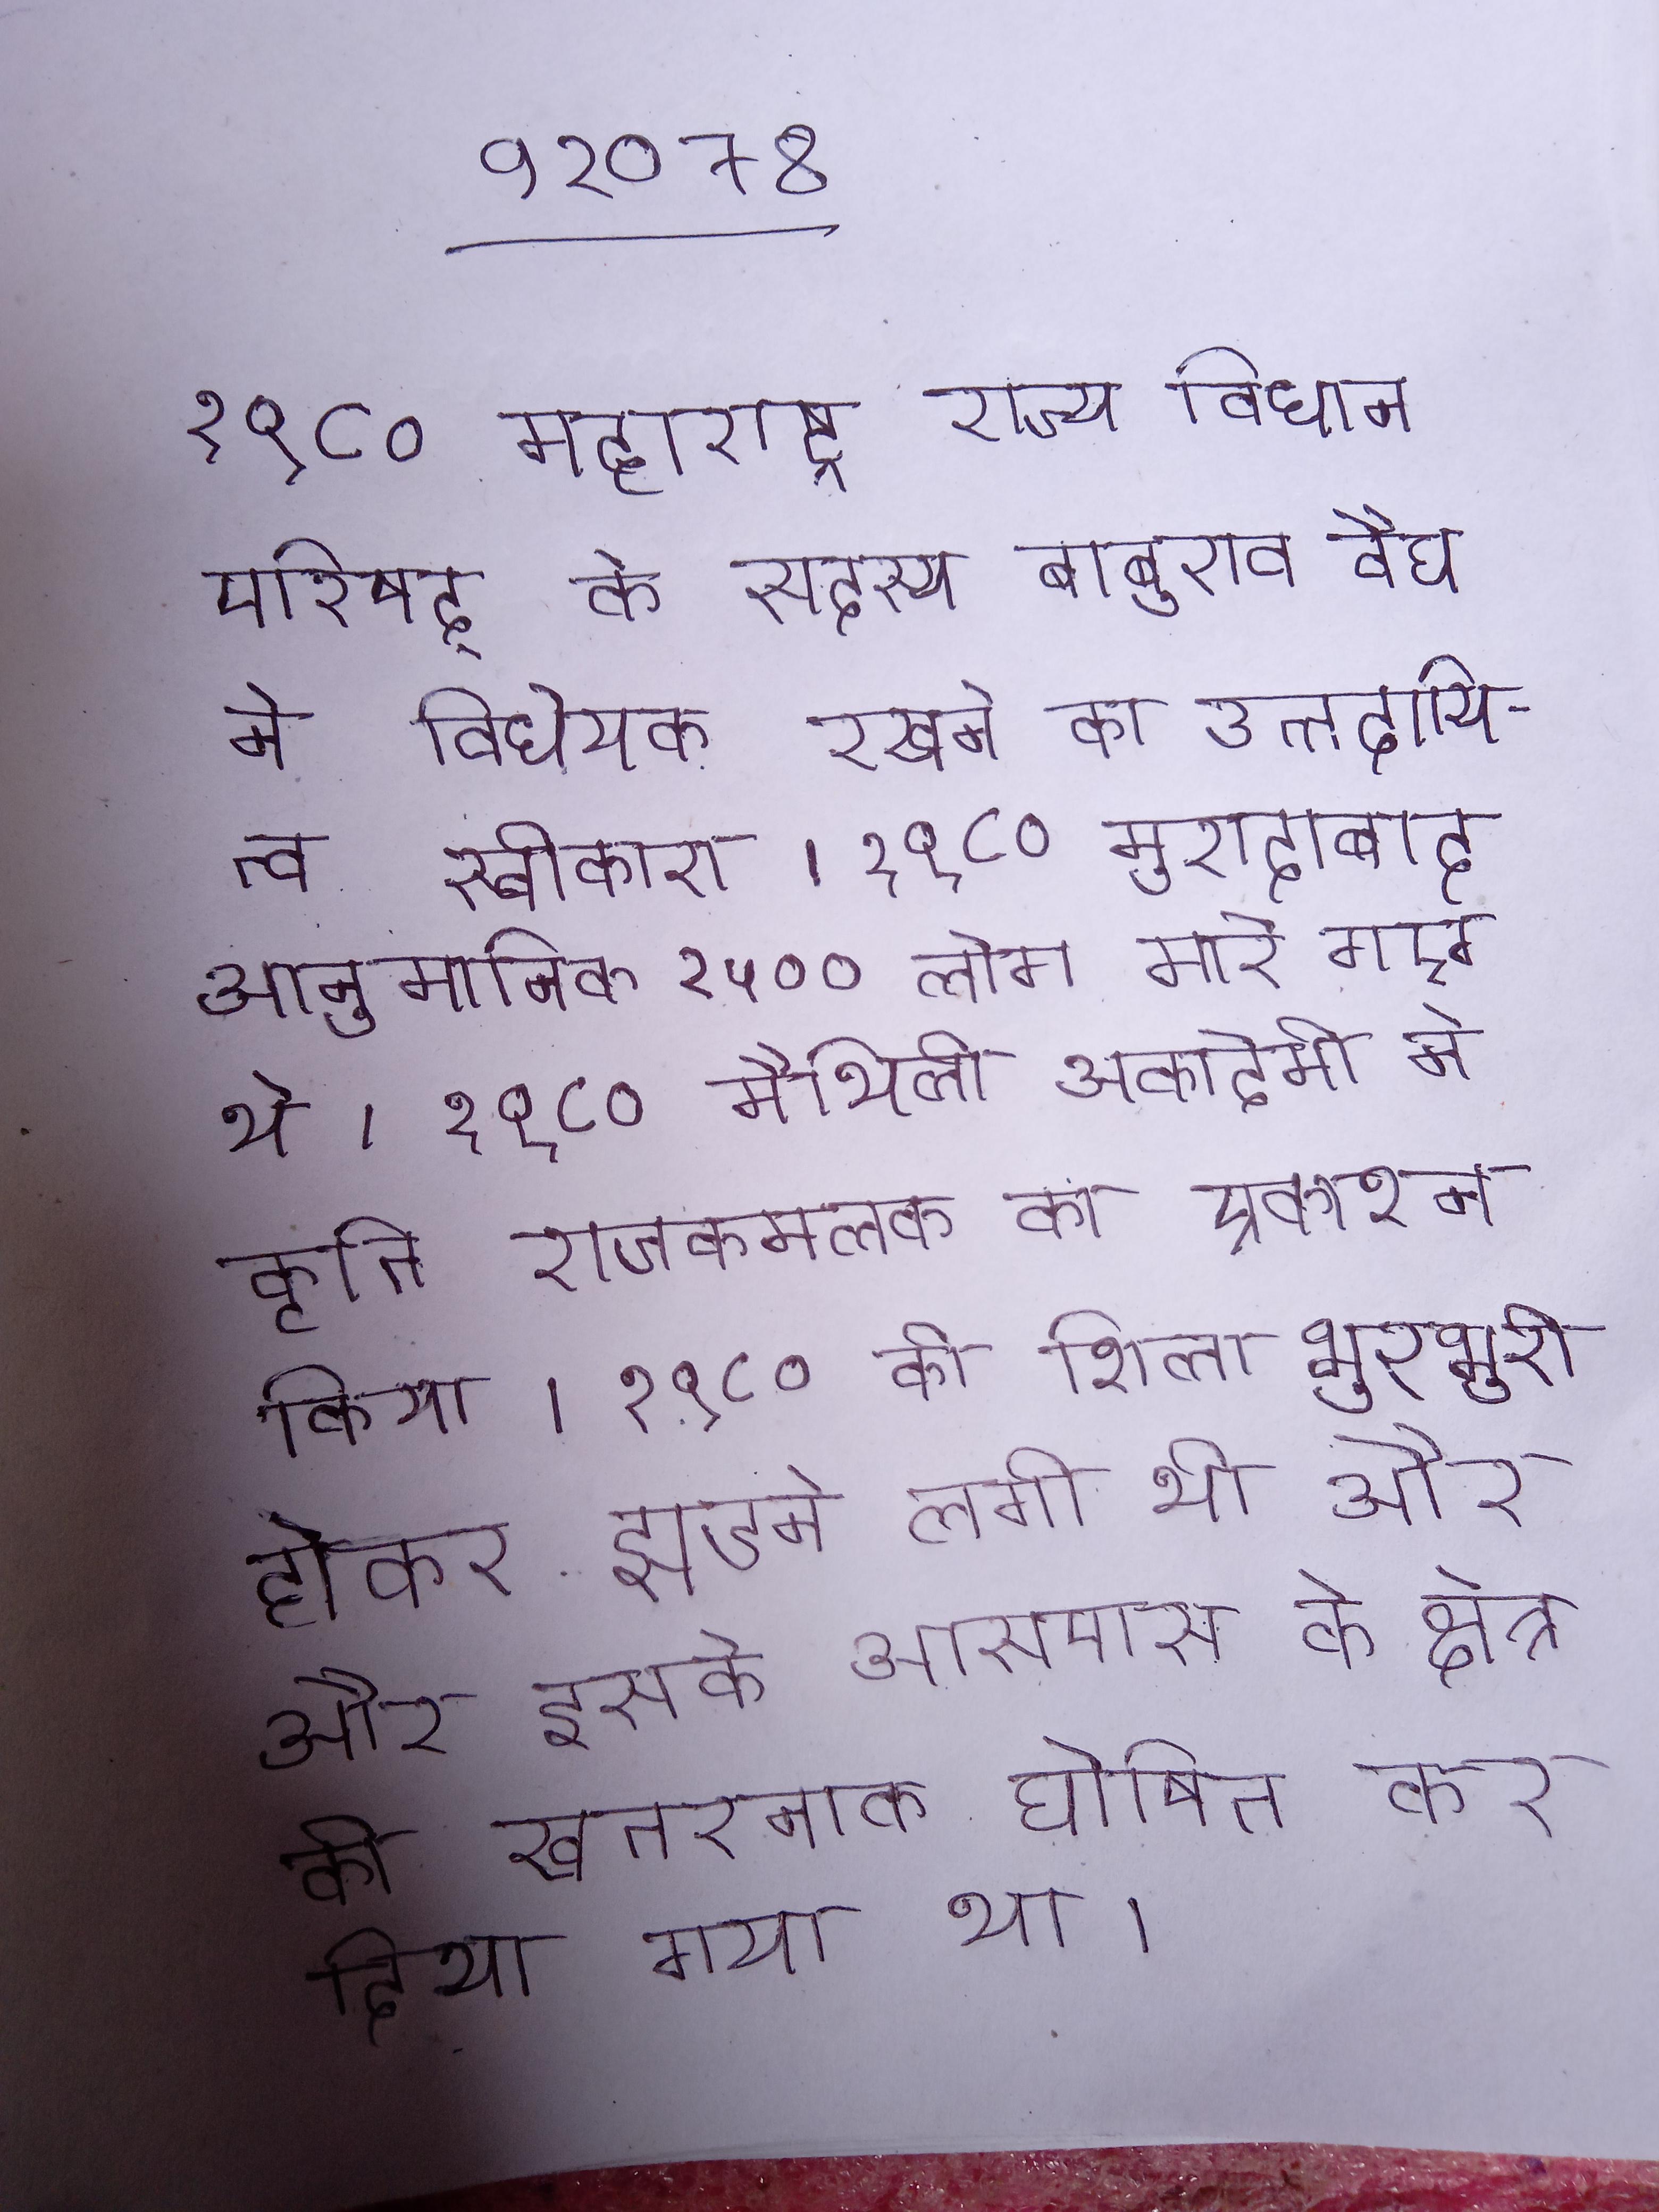
१९८० महाराष्ट्र राज्य विधान परिषद् के सदस्य बाबुराव वैद्य ने विधेयक रखने का उत्तरदायित्व स्वीकारा । १९८० मुरादाबाद अनुमानित २५०० लोग मारे गए थे । १९८० मैथिली अकादेमी ने कृति राजकमलक का प्रकाशन किया । १९८० की शिला भुरभुरी होकर झडने लगी थी और और इसके आसपास के क्षेत्र को खतरनाक घोषित कर दिया गया था ।